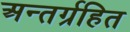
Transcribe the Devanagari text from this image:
अन्तर्ग्रहित